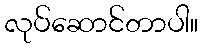
လုပ်ဆောင်တာပါ။